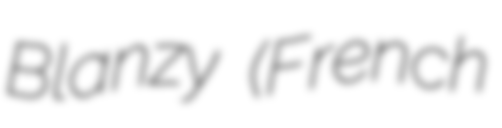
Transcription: Blanzy (French